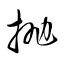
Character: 抛